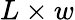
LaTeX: L\times w